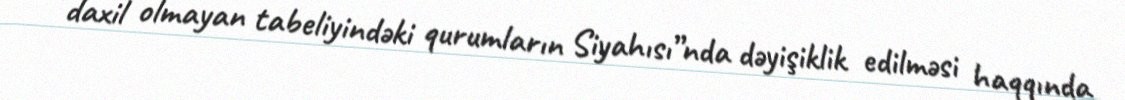
daxil olmayan tabeliyindəki qurumların Siyahısı”nda dəyişiklik edilməsi haqqında